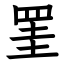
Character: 罣